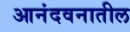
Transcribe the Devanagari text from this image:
आनंदवनातील